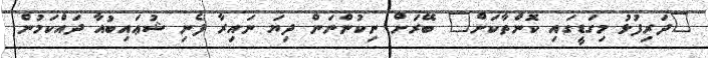
"ދަރިފުޅު މިގަޑީގައި ކޮންތާކަށް" ބޭރަށް ނިކުންނަން ދިޔަ ނައިރާ ފެނި ޝުޢައިބުއާ ދައްކަމުން